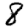
Digit: 8